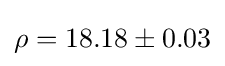
\rho =18.18\pm 0.03